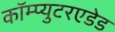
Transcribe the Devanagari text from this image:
कॉम्प्युटरएडेड